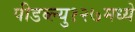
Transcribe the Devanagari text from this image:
पीडब्ल्यु१२७मध्ये